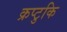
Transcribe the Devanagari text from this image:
क्रप्टुकि